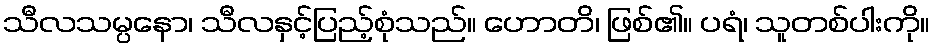
သီလသမ္ပနော၊ သီလနှင့်ပြည့်စုံသည်။ ဟောတိ၊ ဖြစ်၏။ ပရံ၊ သူတစ်ပါးကို။